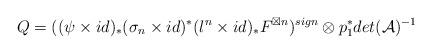
LaTeX: \begin{align*}Q=((\psi\times id)_{*}(\sigma_{n}\times id)^{*}(l^{n}\times id)_{*}F^{\boxtimes n})^{sign}\otimes p_{1}^{*}det(\mathcal{A})^{-1}\end{align*}